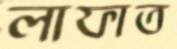
লাফাত